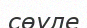
сөуле